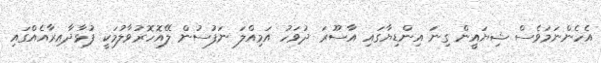
އެހެންނަމަވެސް ޝިޔައީން ގިނަ އިންޑިޔާގައި އާސޫރަ ދުވަހު އަމިއްލަ ނަފުސުން ލޭއޮހޮރުވާލުމަކީ ފުޅާދާއިރާއެއްގައި